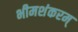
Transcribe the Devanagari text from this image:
भीमशंकरम्